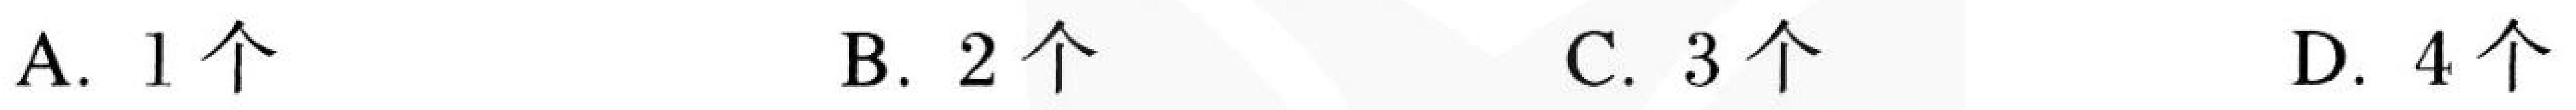
A. \(1\)个  B. \(2\)个  C. \(3\)个  D. \(4\)个